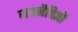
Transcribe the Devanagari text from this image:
राजनैतिज्ञों